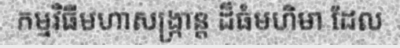
កម្មវិធីមហាសង្ក្រាន្ត ដ៏ធំមហិមា ដែល